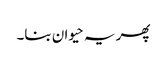
پھر یہ حیوان بنا۔